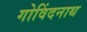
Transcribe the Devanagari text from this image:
गोविंदनाथ